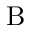
\mathrm { B }